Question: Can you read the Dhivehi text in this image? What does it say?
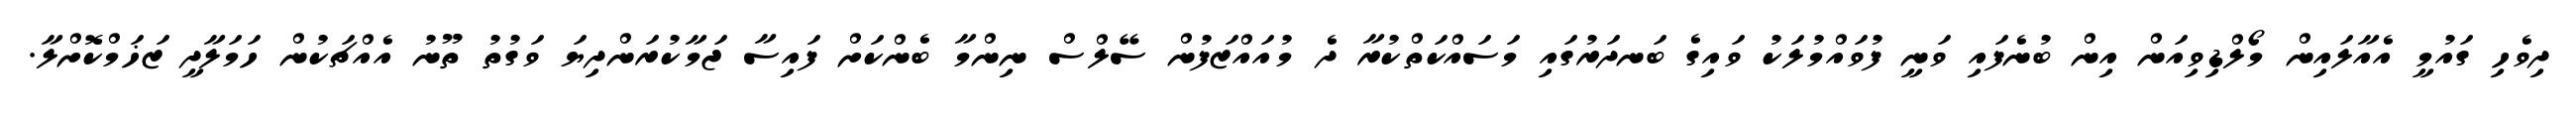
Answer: ދިވެހި ގައުމީ އެއާލައިން މޯލްޑިވިއަން އިން ބުނެފައި ވަނީ ފުވައްމުލަކު ވައިގެ ބަނދަރުގައި މަސައްކަތްކުރާ ދެ މުއައްޒަފުން ސޭލްސް ނިންމާ ބެންކަށް ފައިސާ ޖަމާކުރަންދިޔަ ވަގުތު ތޫނު އެއްޗަކުން ހަމަލާދީ ޒަޚަމްކޮށްލާ.